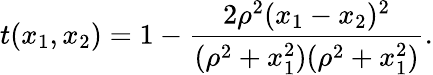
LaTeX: t(x_{1},x_{2})=1-\frac{2\rho^{2}(x_{1}-x_{2})^{2}}{(\rho^{2}+x_{1}^{2})(\rho^{2}+x_{1}^{2})}.